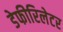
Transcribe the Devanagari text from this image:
डेफीरिलेटर